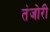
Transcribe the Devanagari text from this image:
तंजोरी